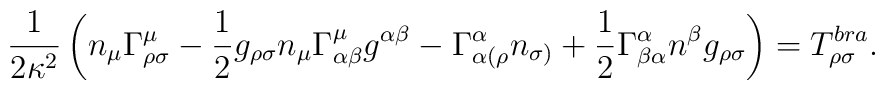
\frac{1}{2 \kappa^{2}} \left(n_{\mu } \Gamma^{\mu}_{\rho \sigma} -\frac{1}{2}g_{\rho \sigma} n_{\mu} \Gamma^{\mu}_{\alpha \beta} g^{\alpha \beta}-\Gamma_{\alpha (\rho }^{\alpha} n_{\sigma)} +\frac{1}{2}\Gamma^{\alpha }_{\beta \alpha} n^{\beta} g_{\rho\sigma}\right) =T^{bra}_{\rho \sigma  }.